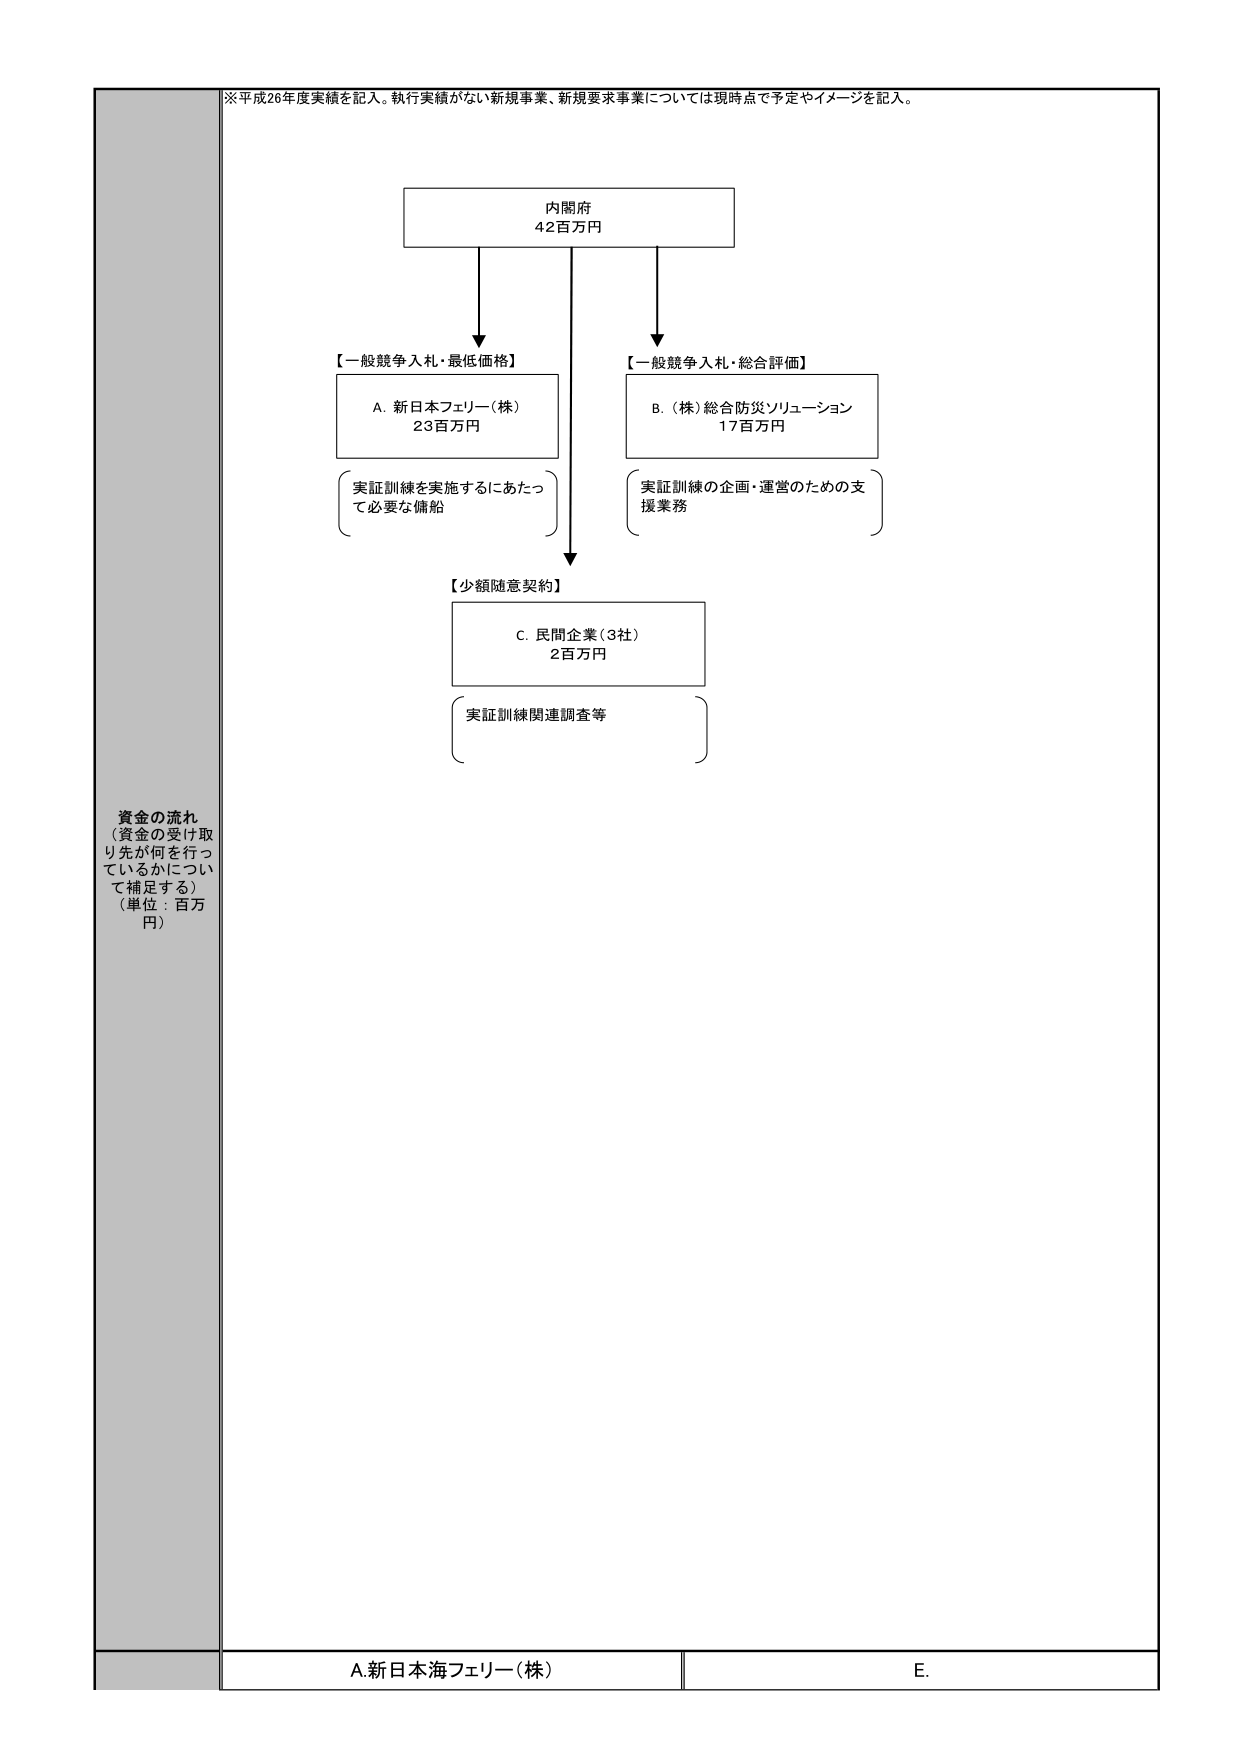
※平成26年度実績を記入。執行実績がない新規事業、新規要求事業については現時点で予定やイメージを記入。

内閣府
42百万円

【一般競争入札・最低価格】
A. 新日本フェリー（株）
23百万円
（実証訓練を実施するにあたって必要な備船）

【一般競争入札・総合評価】
B. （株）総合防災ソリューション
17百万円
（実証訓練の企画・運営のための支援業務）

【少額随意契約】
C. 民間企業（3社）
2百万円
（実証訓練関連調査等）

資金の流れ
（資金の受け取り先が何を行っているかについて補足する）
（単位：百万円）

A.新日本海フェリー（株）
E.